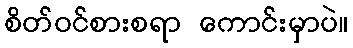
စိတ်ဝင်စားစရာ ကောင်းမှာပဲ။